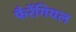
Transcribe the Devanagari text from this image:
फैरेंगियल